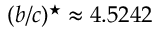
( b / c ) ^ { \star } \approx 4 . 5 2 4 2